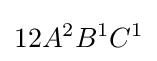
12A^{2}B^{1}C^{1}